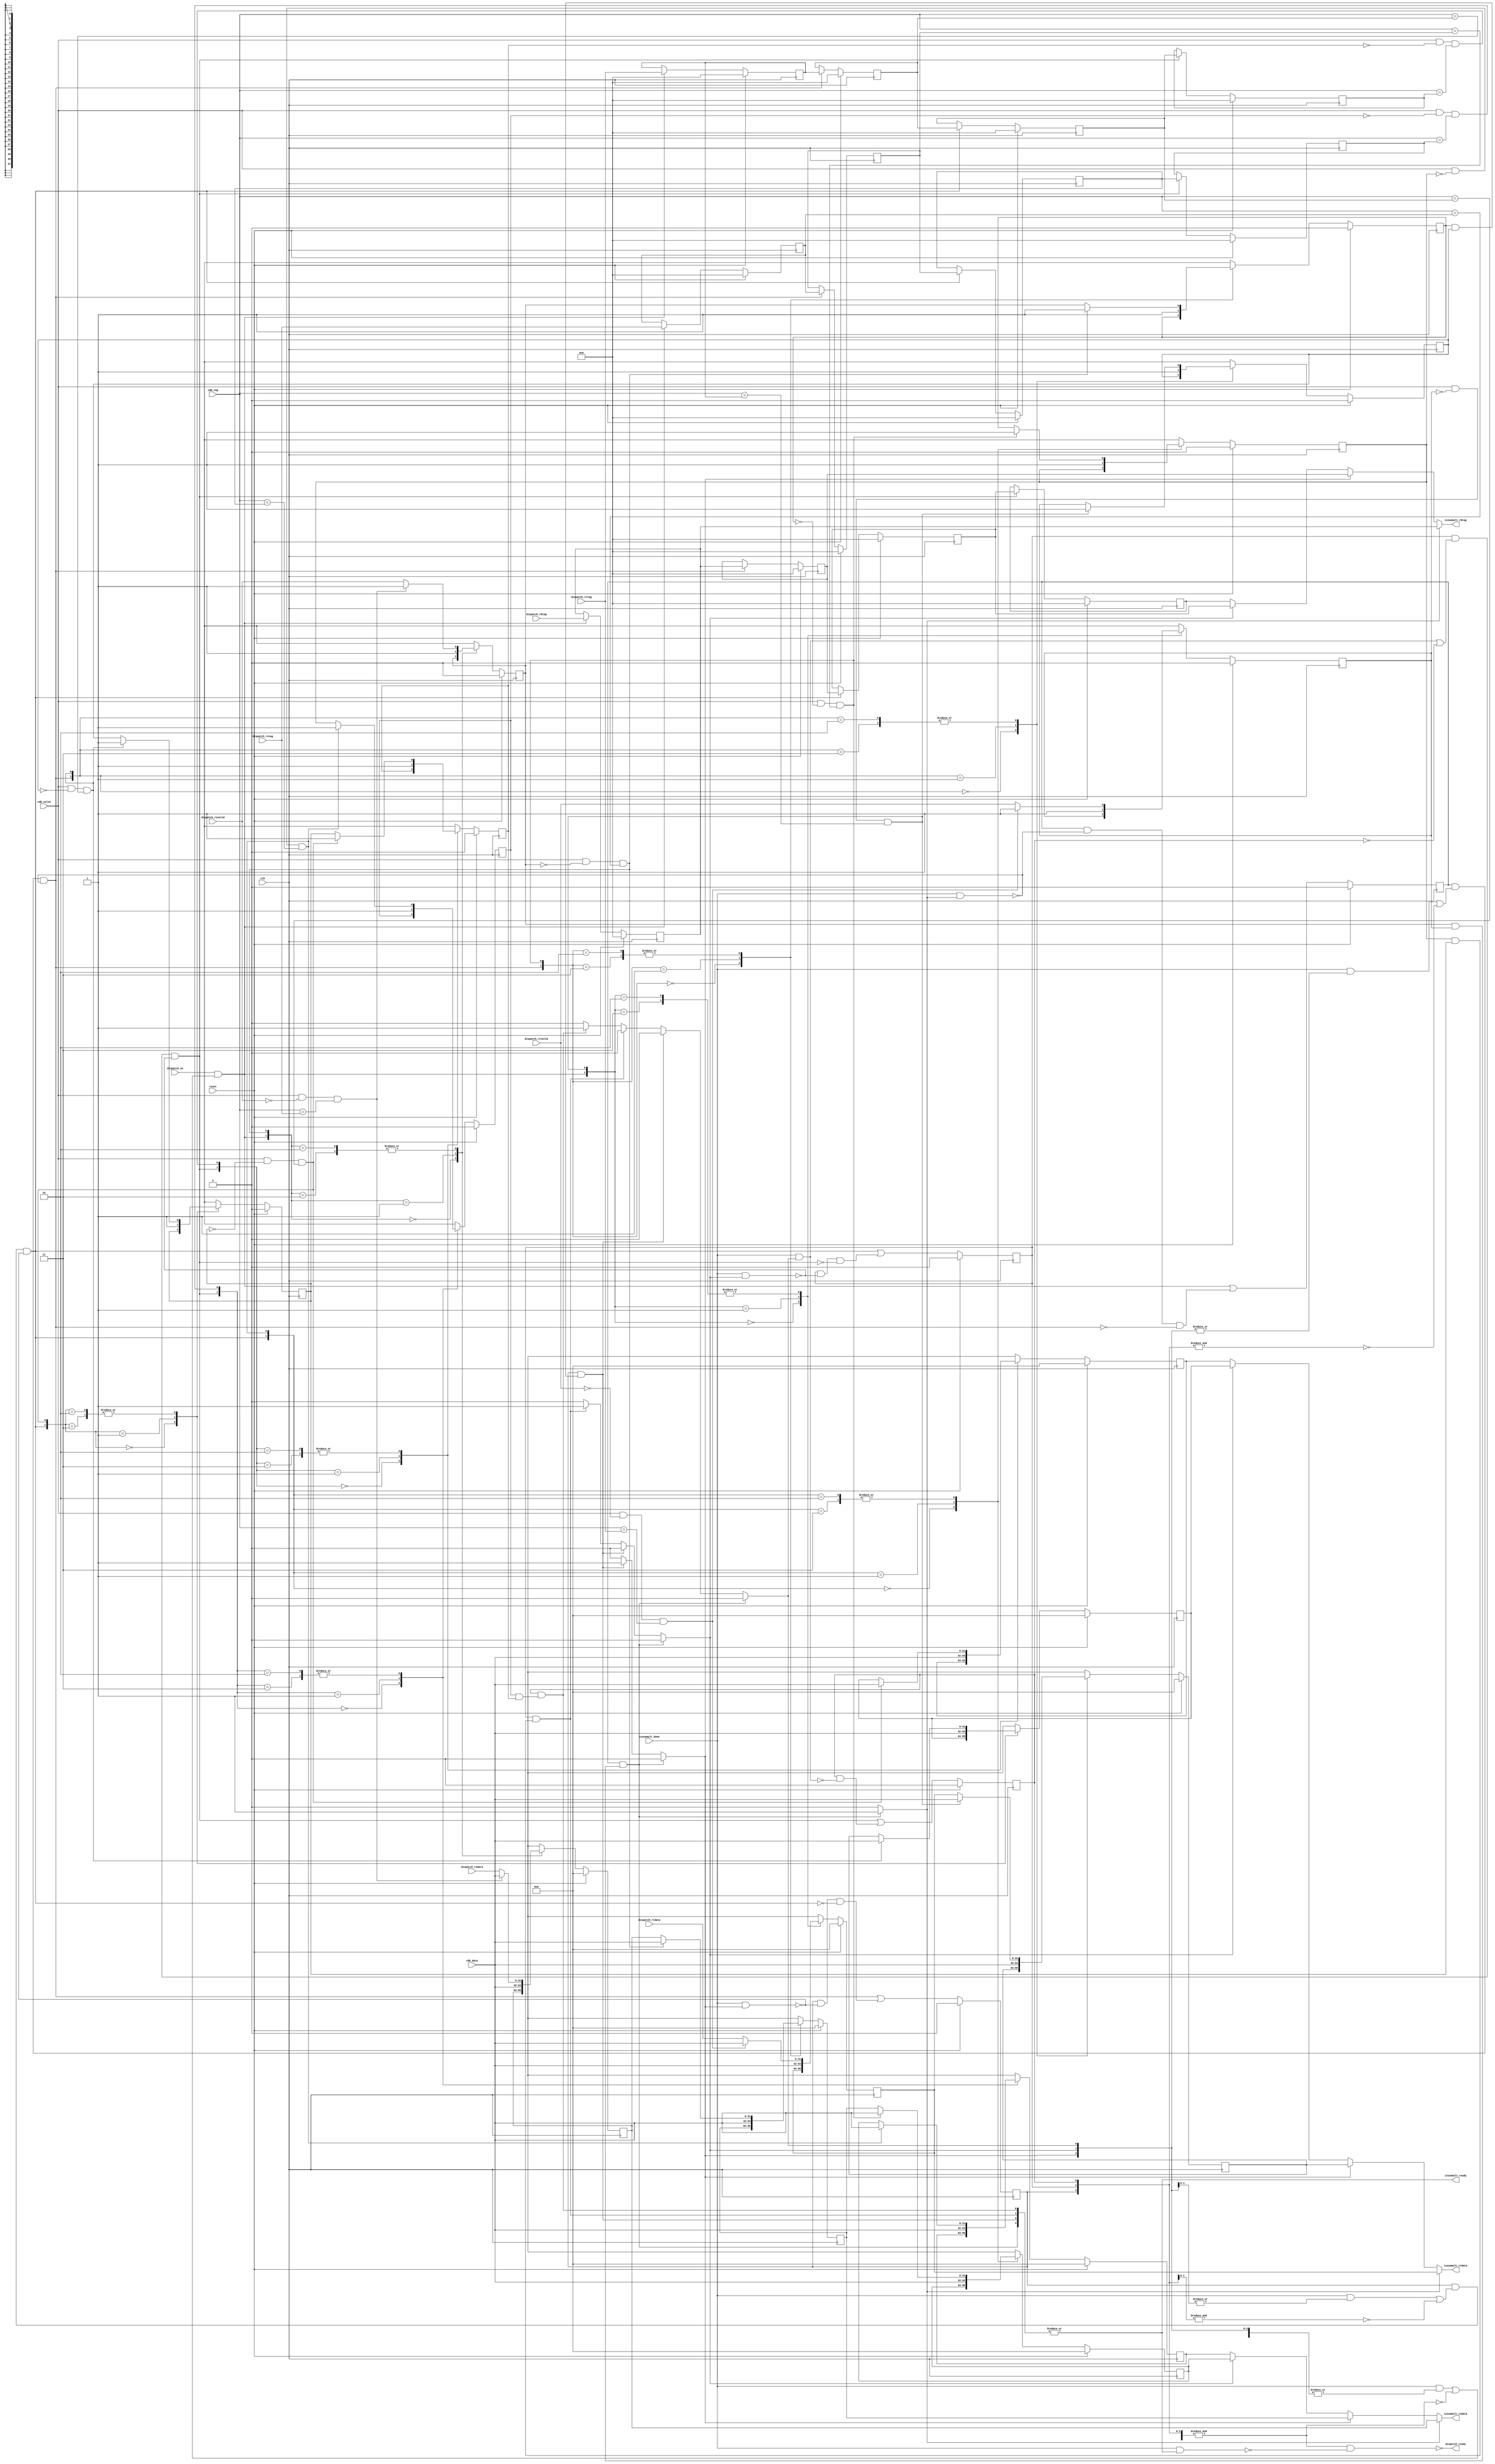

`ifndef EQUEUEMULT_V
`define EQUEUEMULT_V

`timescale 1ns/1ps

module equeuemult (
   input             clk,
   input             reset,

   input      [ 5:0] dispatch_rdtag,
   input      [ 5:0] dispatch_rstag,
   input      [ 5:0] dispatch_rttag,
   input      [31:0] dispatch_rsdata,
   input      [31:0] dispatch_rtdata,
   input             dispatch_rsvalid,
   input             dispatch_rtvalid,
   input             dispatch_en,
   output reg        dispatch_ready,

   input      [ 5:0] cdb_tag,
   input      [31:0] cdb_data,
   input             cdb_valid,

   output reg [ 5:0] issuemult_rdtag,
   output reg [31:0] issuemult_rsdata,
   output reg [31:0] issuemult_rtdata,
   output reg        issuemult_ready,
   input             issuemult_done
);

   localparam N_SREG = 4;

   reg [ 5:0] inst_rdtag_r  [N_SREG:0], inst_rdtag  [N_SREG-1:0];
   reg [ 5:0] inst_rstag_r  [N_SREG:0], inst_rstag  [N_SREG-1:0];
   reg [ 5:0] inst_rttag_r  [N_SREG:0], inst_rttag  [N_SREG-1:0];
   reg [31:0] inst_rsdata_r [N_SREG:0], inst_rsdata [N_SREG-1:0];
   reg [31:0] inst_rtdata_r [N_SREG:0], inst_rtdata [N_SREG-1:0];
   reg        inst_rsvalid_r[N_SREG:0], inst_rsvalid[N_SREG-1:0];
   reg        inst_rtvalid_r[N_SREG:0], inst_rtvalid[N_SREG-1:0];
   reg        inst_valid_r  [N_SREG:0], inst_valid  [N_SREG-1:0];

   // RS and RT update require an extra register to ease shifting
   // and updating at the same time. MSB is always zero.
   reg do_rs_update [N_SREG:0];
   reg do_rt_update [N_SREG:0];
   reg do_shift     [N_SREG-1:0];
   reg inst_selected[N_SREG-1:0];
   reg inst_ready   [N_SREG-1:0];

   always @(*) begin : equeuemult_fake_reg_proc
      integer i;
      // The top register is fake, it just stores (no flops) the input from
      // dispatch unit. Used to simplify register shifting and updating.
      inst_rdtag_r  [N_SREG] = dispatch_rdtag;
      inst_rstag_r  [N_SREG] = dispatch_rstag;
      inst_rttag_r  [N_SREG] = dispatch_rttag;
      inst_rsdata_r [N_SREG] = dispatch_rsdata;
      inst_rtdata_r [N_SREG] = dispatch_rtdata;
      inst_rsvalid_r[N_SREG] = dispatch_rsvalid;
      inst_rtvalid_r[N_SREG] = dispatch_rtvalid;
      inst_valid_r  [N_SREG] = dispatch_en;
   end

   always @(inst_valid_r[3],inst_valid_r[2],inst_valid_r[1],inst_valid_r[0],inst_rsvalid_r[3],inst_rsvalid_r[2],inst_rsvalid_r[1],inst_rsvalid_r[0], inst_rtvalid_r[3],inst_rtvalid_r[2],inst_rtvalid_r[1],inst_rtvalid_r[0],cdb_tag, cdb_valid, inst_rstag_r[3],inst_rstag_r[2], inst_rstag_r[1], inst_rstag_r[0], inst_rttag_r[3],inst_rttag_r[2], inst_rttag_r[1], inst_rttag_r[0]) begin : equeuemult_update_flags_proc

      integer i;
      for (i = 0; i < N_SREG; i = i + 1) begin
         // Check if both operands have been solved.
         inst_ready[i] = inst_rsvalid_r[i] & inst_rtvalid_r[i];
      end

      for (i = 0; i < N_SREG + 1; i = i + 1) begin
         // Check if published data from CDB matches a tag in any of the
         // pending instructions.
         do_rs_update[i] = cdb_valid & ~inst_rsvalid_r[i] & cdb_tag == inst_rstag_r[i];
         do_rt_update[i] = cdb_valid & ~inst_rtvalid_r[i] & cdb_tag == inst_rttag_r[i];
      end

      // One hot instruction selector, set to one if instruction is valid and
      // ready to execute.
      for (i = 0; i < N_SREG; i = i + 1) inst_selected[i] = 1'b0;
      begin : equeuemult_inst_select_mux
         //for (i = 0; i < N_SREG; i = i + 1) begin
         //   if (inst_valid_r[i] & inst_ready[i]) begin
         //      inst_selected[i] = 1'b1;
         //      disable equeuemult_inst_select_mux;
         //   end
         //end
			   if (inst_valid_r[3] & inst_ready[3]) begin
               inst_selected[3] = 1'b1;
					end
			   else if (inst_valid_r[2] & inst_ready[2]) begin
               inst_selected[2] = 1'b1;
					end
			   else if (inst_valid_r[1] & inst_ready[1]) begin
               inst_selected[1] = 1'b1;
					end
				else if (inst_valid_r[0] & inst_ready[0]) begin
               inst_selected[0] = 1'b1;
					end
      end
   end
	reg [N_SREG  :0] valid_r;
   reg [N_SREG-1:0] selected;
	
   always @(inst_valid_r[3], inst_valid_r[2],inst_valid_r[1],inst_valid_r[0],do_shift[2], do_shift[1], do_shift[0],inst_selected[3],inst_selected[2],inst_selected[1],inst_selected[0], issuemult_done, valid_r[4], valid_r[3], valid_r[2], valid_r[1], selected[3], selected[2], selected[1], selected[0]) begin : equeuemult_do_shift_calc_proc
      integer i;
      

      for (i = 0; i < N_SREG + 1; i = i + 1) valid_r[i]  = inst_valid_r[i];
      for (i = 0; i < N_SREG;     i = i + 1) selected[i] = inst_selected[i];

      //
      // TODO: replace with a for loop. Can't do reduction & or | unless array
      //       boundary is specified as a constant (not as "selected[i:0]").
      //
      // Shift registers when:
      //          +------------+-----------------------------------------------------------+--------------------------------
      //          | Upper reg  |  There is some space available. Some registers are either | Upper register is not
      //          | is valid.  |  disabled or are already being dispatched.                | being dispatched.
      //          +------------+-----------------------------------------------------------+--------------------------------
      do_shift[3] = valid_r[4] & ( (issuemult_done & (|selected[3:0])) | ~(&valid_r[3:0]) );
      do_shift[2] = valid_r[3] & ( (issuemult_done & (|selected[2:0])) | ~(&valid_r[2:0]) ) & ~(issuemult_done & selected[3]);
      do_shift[1] = valid_r[2] & ( (issuemult_done & (|selected[1:0])) | ~(&valid_r[1:0]) ) & ~(issuemult_done & selected[2]);
      do_shift[0] = valid_r[1] & ( (issuemult_done & (|selected[0:0])) | ~(&valid_r[0:0]) ) & ~(issuemult_done & selected[1]);
      // Registers are valid when:
      //            +-------------+----------------------------------------------+---------------
      //            | If we shift | Register is not currently being dispatched.  | Lower reg
      //            | current reg |                                              | is stalled.
      //            | then upper  |                                              |
      //            | must be     |                                              |
      //            | valid       |                                              |
      //            +-------------+----------------------------------------------+---------------
      inst_valid[3] = do_shift[3] | ( valid_r[3] & ~(issuemult_done & selected[3]) & ~do_shift[2] );
      inst_valid[2] = do_shift[2] | ( valid_r[2] & ~(issuemult_done & selected[2]) & ~do_shift[1] );
      inst_valid[1] = do_shift[1] | ( valid_r[1] & ~(issuemult_done & selected[1]) & ~do_shift[0] );
      inst_valid[0] = do_shift[0] | ( valid_r[0] & ~(issuemult_done & selected[0])                );
   end

   always @(valid_r[3],valid_r[2],valid_r[1],valid_r[0]) begin : equeuemult_oreg_assign
      integer i;
      // We don't take into account the 'fake' register.
      reg [N_SREG-1:0] valid_r, valid_and_ready;

      // If at least one instruction is ready, then signal the issue unit to
      // continue.
      for (i = 0; i < N_SREG; i = i + 1) valid_and_ready[i] = inst_valid_r[i] & inst_ready[i];
      issuemult_ready = |valid_and_ready;
      // The oldest and valid register is sent to the issue unit. Priority
      // encoder inferred. If no instruction is ready, then assign the
      // register at the bottom.
      issuemult_rdtag  = inst_rdtag_r [0];
      issuemult_rsdata = inst_rsdata_r[0];
      issuemult_rtdata = inst_rtdata_r[0];
      begin : equeuemult_regdata_mux
         /*for (i = 0; i < N_SREG; i = i + 1) begin
            if (inst_selected[i]) begin
               issuemult_rdtag  = inst_rdtag_r [i];
               issuemult_rsdata = inst_rsdata_r[i];
               issuemult_rtdata = inst_rtdata_r[i];
               disable equeuemult_regdata_mux;
            end
         end*/
			if (inst_selected[3]) begin
               issuemult_rdtag  = inst_rdtag_r [3];
               issuemult_rsdata = inst_rsdata_r[3];
               issuemult_rtdata = inst_rtdata_r[3];
					end
			else if (inst_selected[2]) begin
               issuemult_rdtag  = inst_rdtag_r [2];
               issuemult_rsdata = inst_rsdata_r[2];
               issuemult_rtdata = inst_rtdata_r[2];
					end
			else if (inst_selected[1]) begin
               issuemult_rdtag  = inst_rdtag_r [1];
               issuemult_rsdata = inst_rsdata_r[1];
               issuemult_rtdata = inst_rtdata_r[1];
					end
			else if (inst_selected[0]) begin
               issuemult_rdtag  = inst_rdtag_r [0];
               issuemult_rsdata = inst_rsdata_r[0];
               issuemult_rtdata = inst_rtdata_r[0];
					end
					
      end

      // Unless all registers are occupied and issue unit is not ready to
      // process then queue is not considered full because a shift is
      // pending.
      for (i = 0; i < N_SREG; i = i + 1) valid_r[i] = inst_valid_r[i];
      dispatch_ready = ~((&valid_r) & ~(issuemult_done & |valid_and_ready));
   end

   always @(inst_rsvalid_r[3], inst_rsvalid_r[2],inst_rsvalid_r[1],inst_rsvalid_r[0],do_rs_update[3],do_rs_update[2],do_rs_update[1],do_rs_update[0]) begin : equeuemult_shift_proc
      integer i;
      for (i = 0; i < N_SREG; i = i + 1) begin
         inst_rdtag [i] = (do_shift[i]) ? inst_rdtag_r [i+1] : inst_rdtag_r [i];
         inst_rstag [i] = (do_shift[i]) ? inst_rstag_r [i+1] : inst_rstag_r [i];
         inst_rttag [i] = (do_shift[i]) ? inst_rttag_r [i+1] : inst_rttag_r [i];

         // Select if data is taken from CDB (update) or the previous register
         // (shift).
         case ({do_shift[i], do_rs_update[i]})
            2'b00: begin inst_rsdata[i] = inst_rsdata_r[i];   inst_rsvalid[i] = inst_rsvalid_r[i];   end
            2'b01: begin inst_rsdata[i] = cdb_data;           inst_rsvalid[i] = 1'b1;                end
            2'b11: begin
               inst_rsdata[i]  = (do_rs_update[i+1]) ? cdb_data : inst_rsdata_r[i+1];
               inst_rsvalid[i] = (do_rs_update[i+1]) ? 1'b1 : inst_rsvalid_r[i+1]; end
            2'b10: begin
               inst_rsdata[i]  = (do_rs_update[i+1]) ? cdb_data : inst_rsdata_r[i+1];
               inst_rsvalid[i] = (do_rs_update[i+1]) ? 1'b1     : inst_rsvalid_r[i+1];
            end
         endcase
         case ({do_shift[i], do_rt_update[i]})
            2'b00: begin inst_rtdata[i] = inst_rtdata_r[i];   inst_rtvalid[i] = inst_rtvalid_r[i];   end
            2'b01: begin inst_rtdata[i] = cdb_data;           inst_rtvalid[i] = 1'b1;                end
            2'b11: begin
               inst_rtdata[i]  = (do_rt_update[i+1]) ? cdb_data : inst_rtdata_r[i+1];
               inst_rtvalid[i] = (do_rt_update[i+1]) ? 1'b1     : inst_rtvalid_r[i+1]; end
            2'b10: begin
               inst_rtdata[i]  = (do_rt_update[i+1]) ? cdb_data : inst_rtdata_r[i+1];
               inst_rtvalid[i] = (do_rt_update[i+1]) ? 1'b1     : inst_rtvalid_r[i+1];
            end
         endcase
      end
   end

   always @(posedge clk) begin : equeuemult_inst_reg
      integer i;
      for (i = 0; i < N_SREG; i = i + 1) begin
         inst_rdtag_r  [i] <= (reset) ? 'h0 : inst_rdtag  [i];
         inst_rstag_r  [i] <= (reset) ? 'h0 : inst_rstag  [i];
         inst_rttag_r  [i] <= (reset) ? 'h0 : inst_rttag  [i];
         inst_rsdata_r [i] <= (reset) ? 'h0 : inst_rsdata [i];
         inst_rtdata_r [i] <= (reset) ? 'h0 : inst_rtdata [i];
         inst_rsvalid_r[i] <= (reset) ? 'h0 : inst_rsvalid[i];
         inst_rtvalid_r[i] <= (reset) ? 'h0 : inst_rtvalid[i];
         inst_valid_r  [i] <= (reset) ? 'h0 : inst_valid  [i];
      end
   end
endmodule

`endif